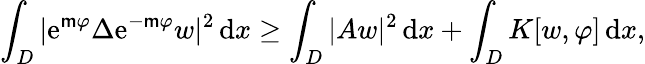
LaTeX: \int_{{D}}|\mathrm{e}^{\mathsf{{m}}\varphi}\Delta\mathrm{e}^{-\mathsf{{m}}\varphi}w|^{2}\, \mathrm{{d}}x\geq\int_{{D}}|Aw|^{2}\, \mathrm{{d}}x+\int_{{D}}K[w,\varphi]\, \mathrm{{d}}x,